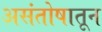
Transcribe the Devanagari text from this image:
असंतोषातून